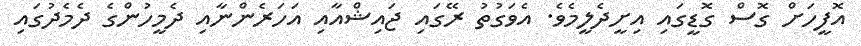
އޮފީހަށް ގޮސް ގޮޑީގައި އިށީދެލީމެވެ. އެވަގުތު ރޭގައި ޖައިޝްއާއި އަހަރެންނާއި ދެމީހުންގެ ދެމެދުގައި